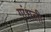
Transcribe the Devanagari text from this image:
गांधली